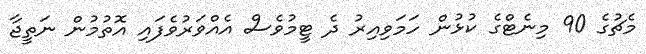
މެޗުގެ 90 މިނެޓްގެ ކުޅުން ހަމަވިއިރު ދެ ޓީމުވެސް އެއްވަރުވެފައި އޮތުމުން ނަތީޖާ